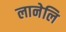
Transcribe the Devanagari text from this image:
लानेलि